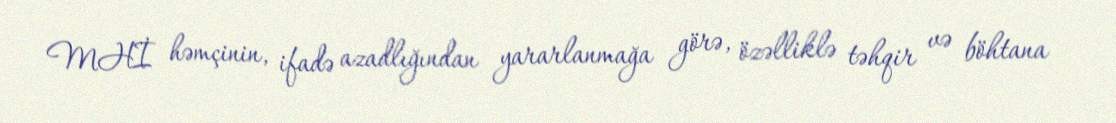
MHİ həmçinin, ifadə azadlığından yararlanmağa görə, özəlliklə təhqir və böhtana